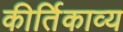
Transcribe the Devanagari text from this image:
कीर्तिकाव्य